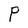
Character: P